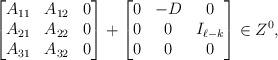
LaTeX: \begin{align*} \begin{bmatrix} A_{11} & A_{12} & 0\\ A_{21} & A_{22} & 0\\ A_{31} & A_{32} & 0 \end{bmatrix} + \begin{bmatrix} 0 &-D & 0\\ 0 & 0 & I_{\ell-k}\\ 0 & 0 & 0 \end{bmatrix} \in Z^0 , \end{align*}